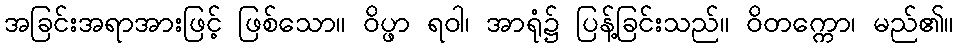
အခြင်းအရာအားဖြင့် ဖြစ်သော။ ဝိပ္ဖာ ရဝါ၊ အာရုံ၌ ပြန့်ခြင်းသည်။ ဝိတက္ကော၊ မည်၏။